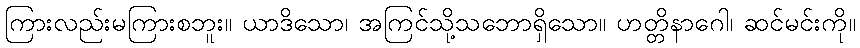
ကြားလည်းမကြားစဘူး။ ယာဒိသော၊ အကြင်သို့သဘောရှိသော။ ဟတ္တိနာဂေါ၊ ဆင်မင်းကို။